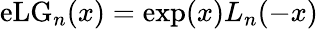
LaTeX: \mathrm{eLG}_{n}(x)=\exp(x)L_{n}(-x)